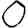
Digit: 0